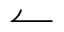
\leftharpoonup